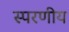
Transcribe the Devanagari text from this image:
स्परणीय